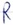
Text: R